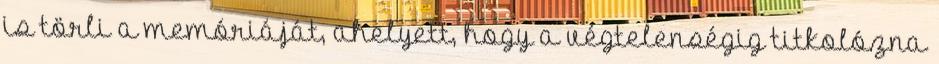
is törli a memóriáját, ahelyett, hogy a végtelenségig titkolózna